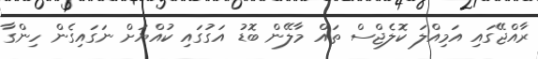
ރާއްޖޭގައި އަމިއްލަ ކޮލެޖްސް ތައް މާލޭން ބޮޑު އަގުގައި ކުއްޔަށް ނަގައިގެން ހިންގާ